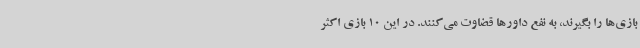
بازی‌ها را بگیرند، به نفع داورها قضاوت می‌کنند. در این 10 بازی اکثر